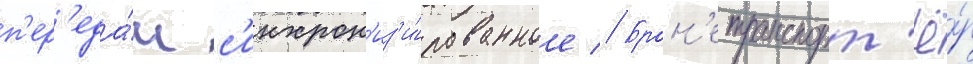
п'ер'еда́ч с'инхрон'из'и́рованное // Брон'етранспорт'ё́р